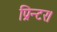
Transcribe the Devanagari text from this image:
प्रिन्टर।